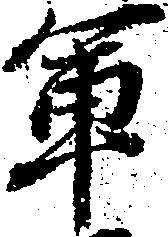
軍